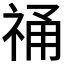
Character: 𮁾